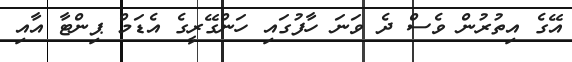
އޭގެ އިތުރުން ވެސް ދެ ވަނަ ހާފުގައި ހަންގޭރީގެ އެޑަމް ޕިންޓާ އާއި